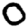
Digit: 0